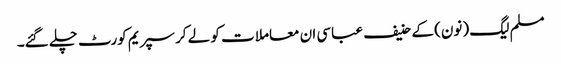
مسلم لیگ (نون) کے حنیف عباسی ان معاملا ت کو لے کر سپریم کورٹ چلے گئے۔